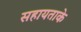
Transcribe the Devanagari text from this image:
सहायताके